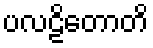
ပလဠိတောတိ